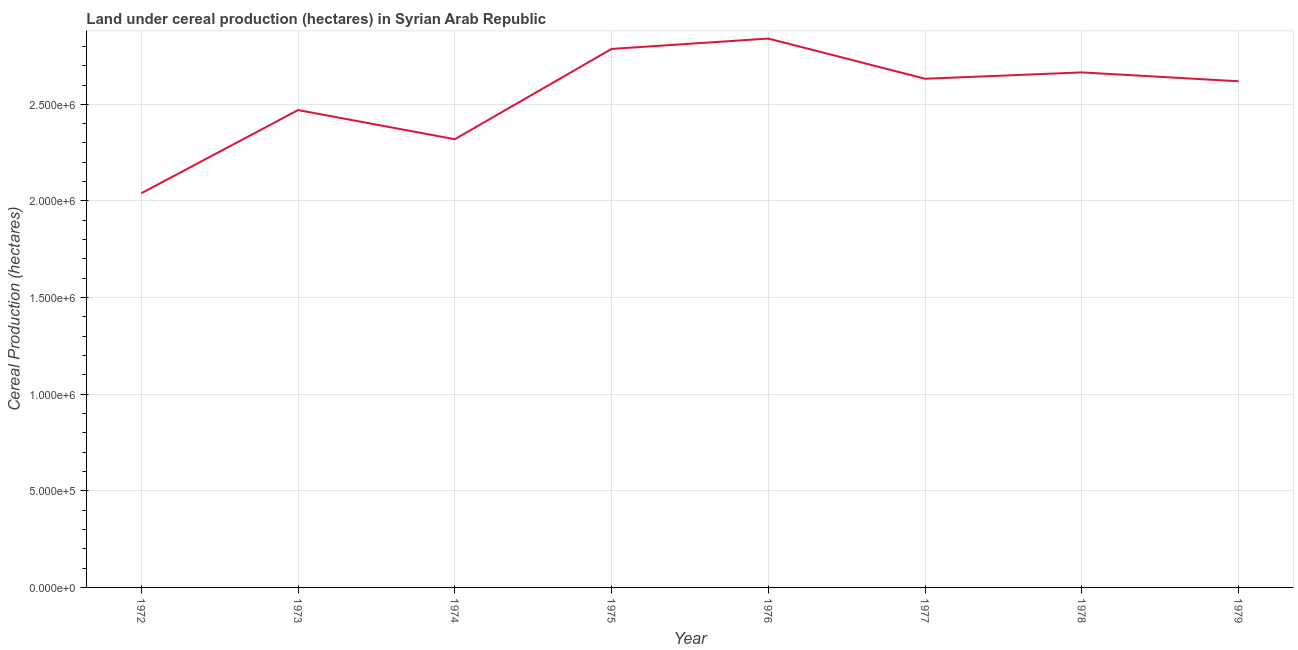
| Year | Land under cereal production (hectares) |
 | --- | --- |
 | 1972 | 2.04e+06 |
 | 1973 | 2.47e+06 |
 | 1974 | 2.32e+06 |
 | 1975 | 2.79e+06 |
 | 1976 | 2.84e+06 |
 | 1977 | 2.63e+06 |
 | 1978 | 2.67e+06 |
 | 1979 | 2.62e+06 |